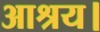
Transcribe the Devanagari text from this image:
आश्रय।